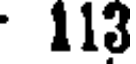
113